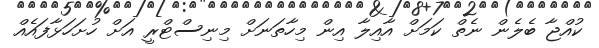
ކުއްޖާ ބެލެން ނެތް ކަމަށް އާއިލާ އިން މިހާތަނަށް މިނިސްޓްރީ އަށް ހުށަހަޅާފައެއް